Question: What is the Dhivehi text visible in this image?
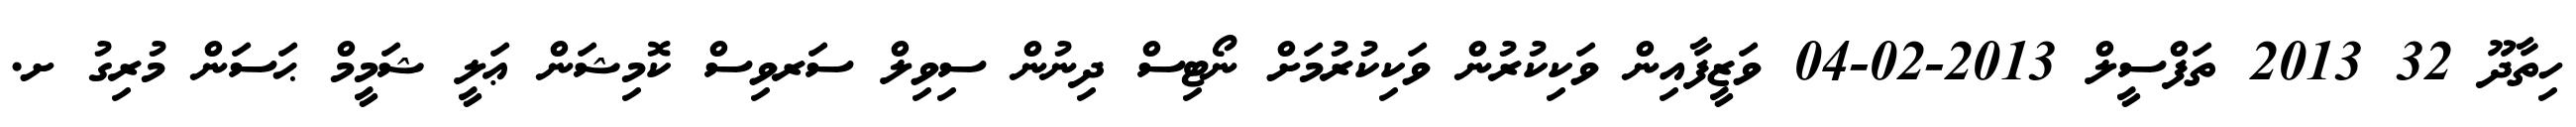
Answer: ހިތާދޫ 32 2013 ތަފްސީލް 2013-02-04 ވަޒީފާއިން ވަކިކުރުން ވަކިކުރުމަށް ނޯޓިސް ދިނުން ސިވިލް ސަރވިސް ކޮމިޝަން ޢަލީ ޝަމީމް ޙަސަން މުރިގު ށ.